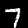
Label: 7